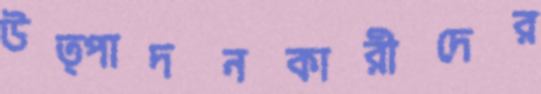
উত্পাদনকারীদের